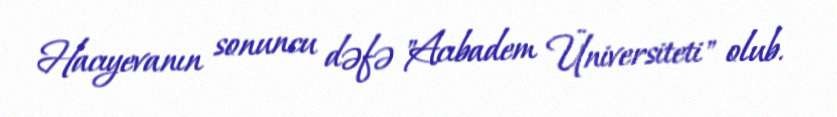
Hacıyevanın sonuncu dəfə "Acıbadem Üniversiteti" olub.